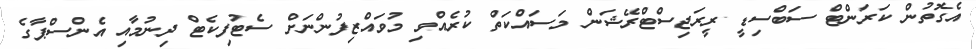
އެގޮތުން ކަރަންޓް ސަބްސިޑީ ރީރަޖިސްޓްރޭޝަން މަސައްކަތް ކުރެއްވި މުވައްޒިފުންނަށް ސެޓުފިކެޓް ދިނުމާއި އެންސްޕާގެ